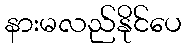
နားမလည်နိုင်ပေ